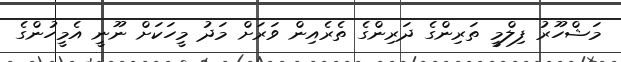
މަޝްހޫރު ފިލްމީ ތަރިންގެ ދަރިންގެ ތެރެއިން ވަރަށް މަދު މީހަކަށް ނޫނީ އެމީހުންގެ